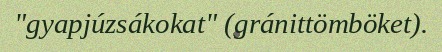
"gyapjúzsákokat" (gránittömböket).